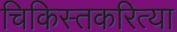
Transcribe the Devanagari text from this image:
चिकिस्तकरित्या